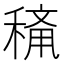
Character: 𱶙